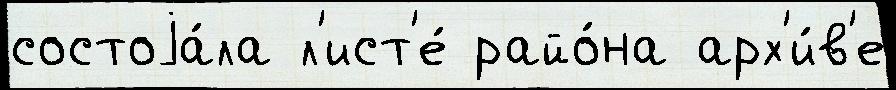
состоjа́ла л'ист'е́ райо́на арх'и́в'е